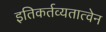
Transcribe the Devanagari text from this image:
इतिकर्तव्यतात्वेन